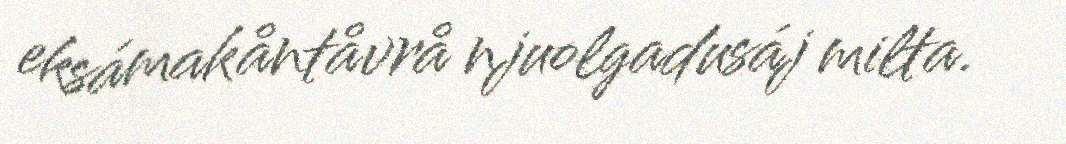
eksámakåntåvrå njuolgadusáj milta.